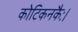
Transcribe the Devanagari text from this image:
कोटिकनकैः।